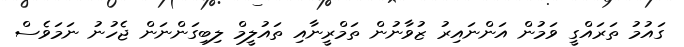
ގައުމު ތަރައްގީ ވަމުން އަންނައިރު ޒުވާނުން ތަމްރީނާއި ތައުލީމް ލިބިގަންނަން ޖެހުނު ނަމަވެސް